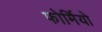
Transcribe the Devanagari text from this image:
फोर्मियो